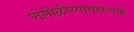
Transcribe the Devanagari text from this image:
रांगोळीच्यासहाय्याने